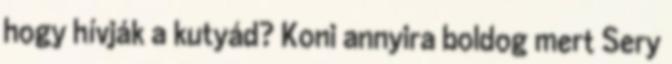
hogy hívják a kutyád? Koni annyira boldog mert Sery